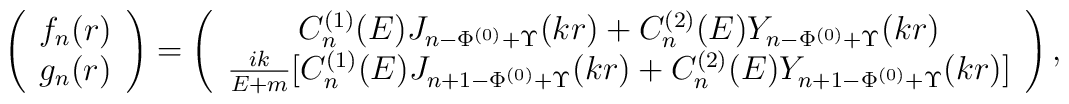
\left(\begin{array}{l}f_n(r)\\g_n(r)\end{array}\right)=\left(\begin{array}{c}C^{(1)}_n(E)J_{n-\Phi^{(0)}+\Upsilon}(kr)+C^{(2)}_n(E)Y_{n-\Phi^{(0)}+\Upsilon}(kr)\\{ik\over E+m}\bigl[C^{(1)}_n(E)J_{n+1-\Phi^{(0)}+\Upsilon}(kr)+C^{(2)}_n(E)Y_{n+1-\Phi^{(0)}+\Upsilon}(kr)\bigr]\end{array}\right),